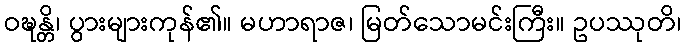
ဝဍ္ဎန္တိ၊ ပွားများကုန်၏။ မဟာရာဇ၊ မြတ်သောမင်းကြီး။ ဥပဿုတိ၊